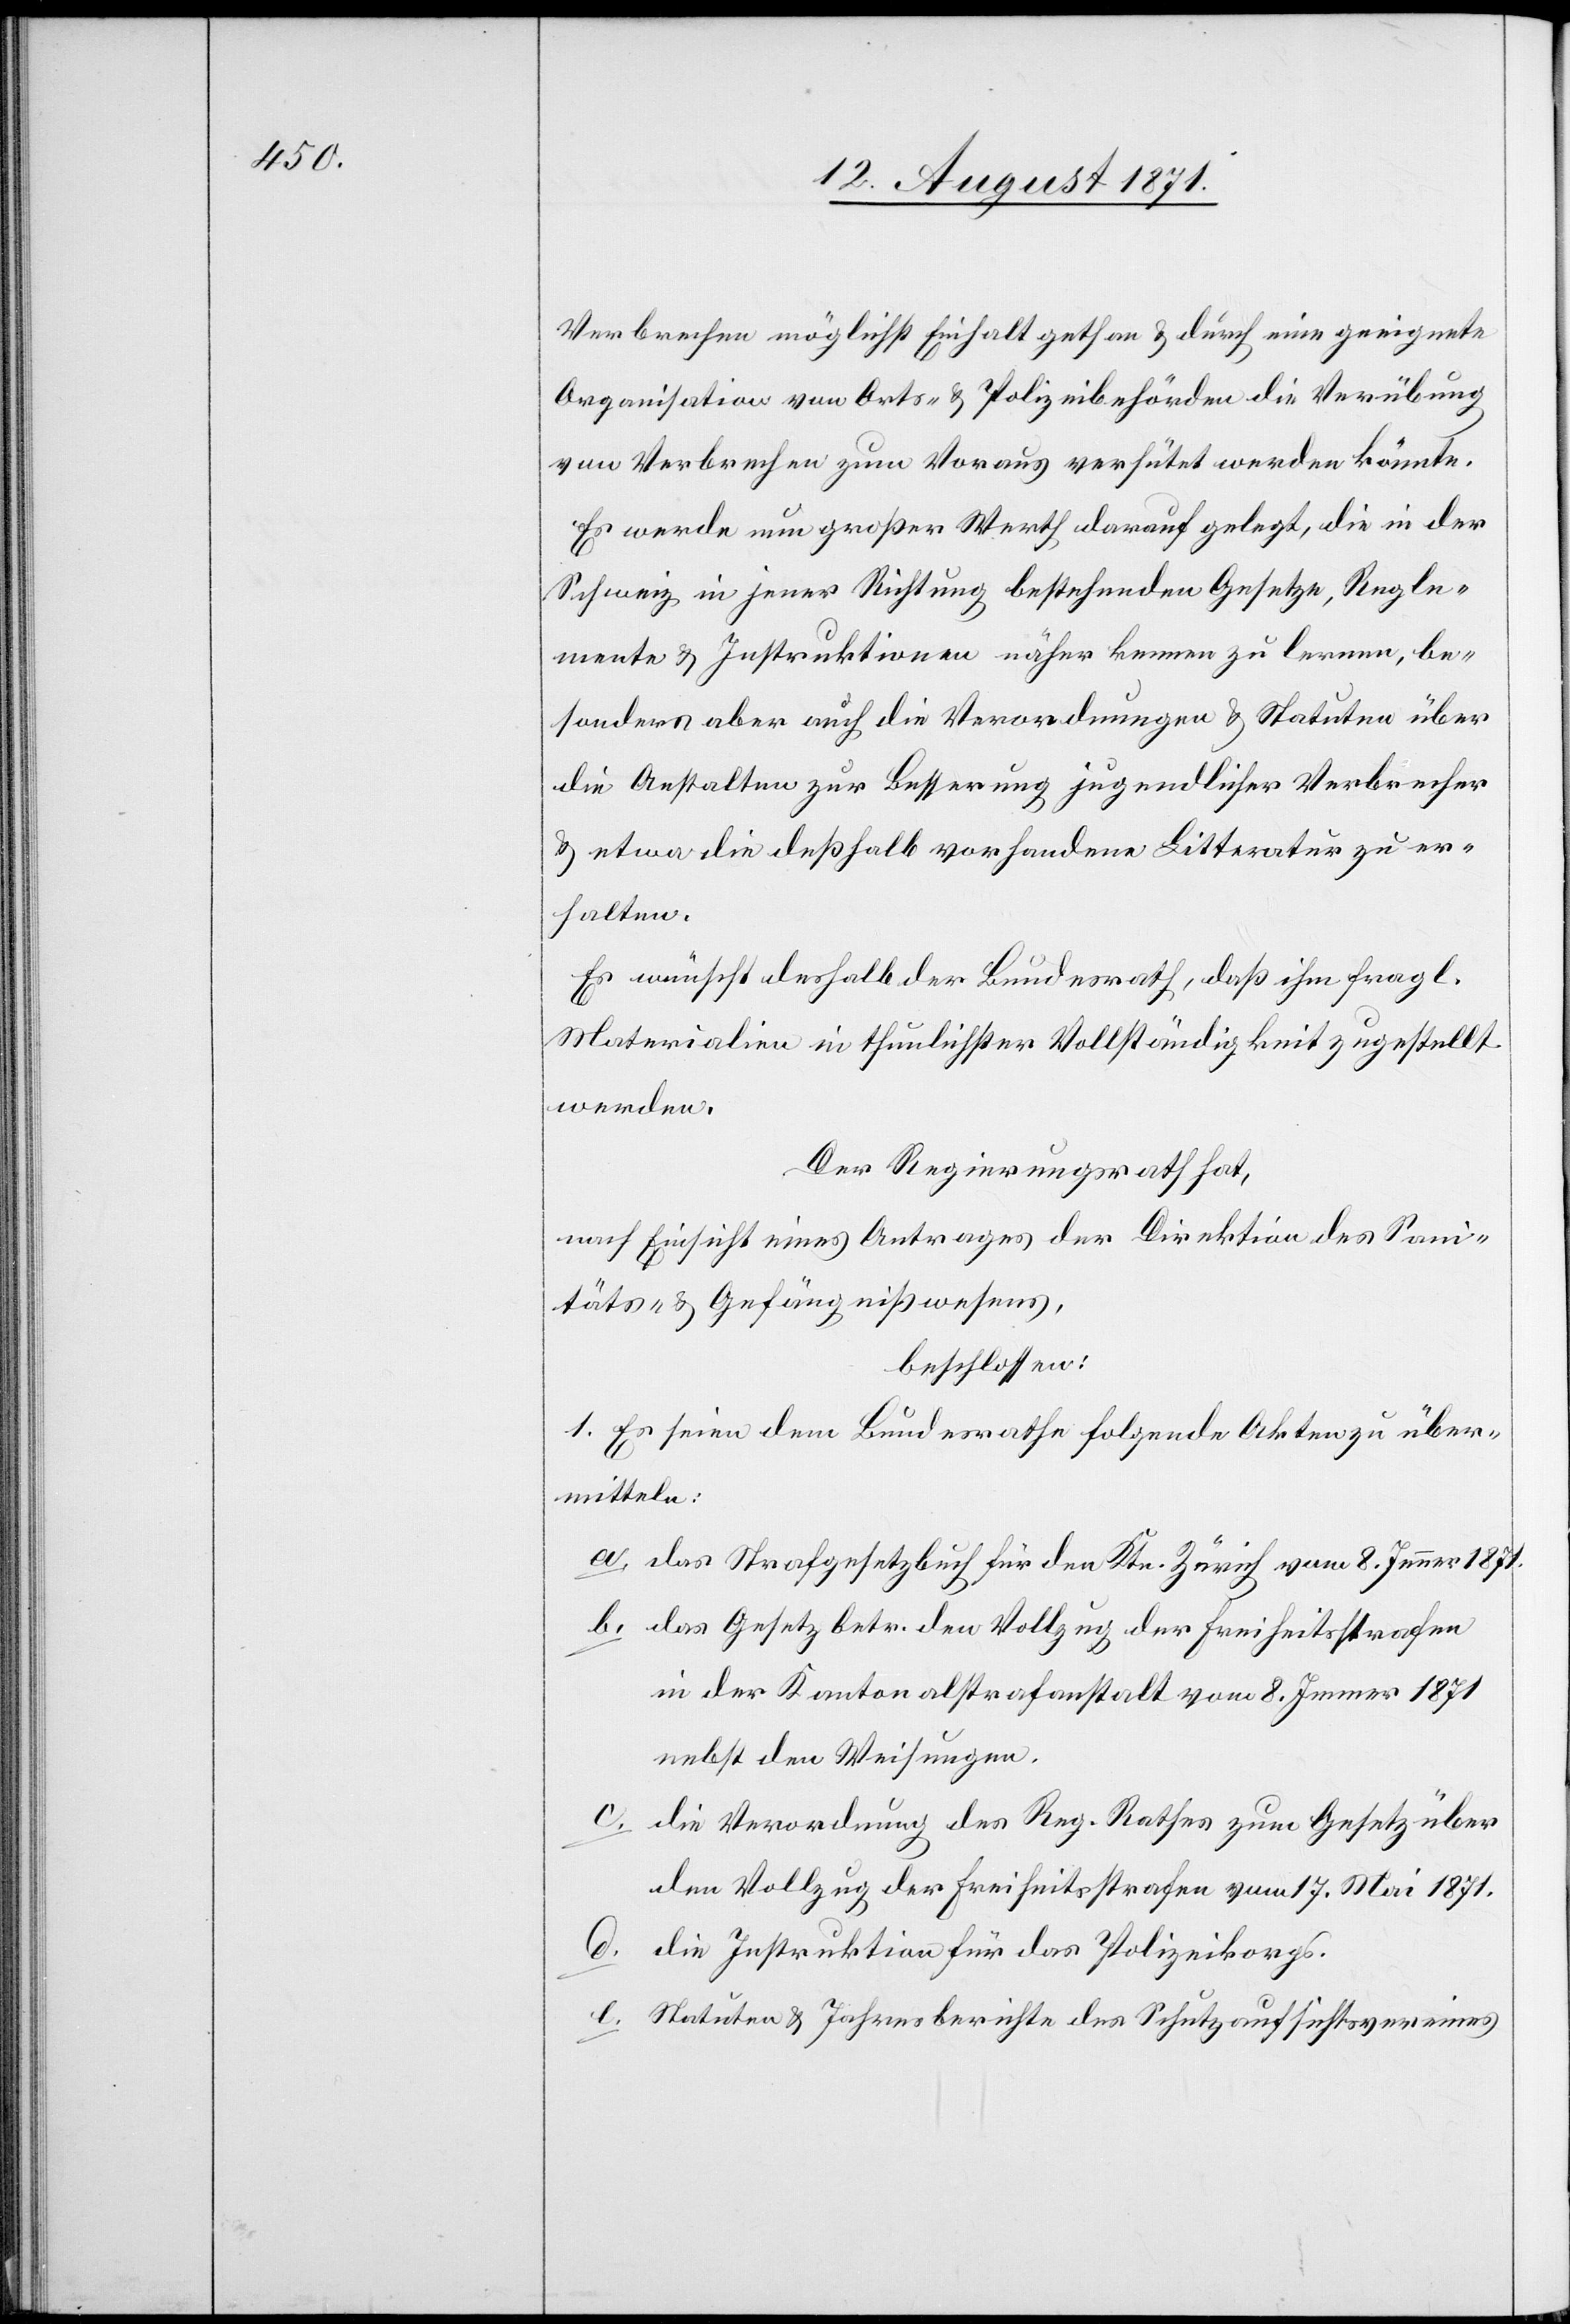
Verbrechen möglichst Einhalt gethan & durch eine geeignete
Organisation von Orts- & Polizeibehörden die Verübung
von Verbrechen zum Voraus verhütet werden könnte.
Es werde nun großen Werth darauf gelegt, die in der
Schweiz in jener Richtung bestehenden Gesetze, Regle¬
mente & Instruktionen näher kennen zu lernen, be¬
sonders aber auch die Verordnungen & Statuten über
die Anstalten zur Besserung jugendlicher Verbrecher
& etwa die deßhalb vorhandene Litteratur zu er¬
halten.
Es wünscht deshalb der Bundesrath, daß ihm fragl.
Materialien in thunlichster Vollständigkeit zugestellt
werden.
Der Regierungsrath hat,
nach Einsicht eines Antrages der Direktion des Sani¬
täts- & Gefängnißwesens,
beschlossen:
1. Es seien dem Bundesrathe folgende Akten zu über¬
mitteln:
a. das Strafgesetzbuch für den Ktn. Zürich vom 8. Jenner 1871.
b. das Gesetz betr. den Vollzug der Freiheitsstrafen
in den Kantonalstrafanstalt vom 8. Jenner 1871
nebst den Weisungen.
c. die Verordnung des Reg. Rathes zum Gesetz über
den Vollzug der Freiheitsstrafe vom 17. Mai 1871.
d. die Instruktion für das Polizeikorps.
e. Statuten & Jahresberichte der Schutzaufsichtsvereines